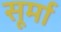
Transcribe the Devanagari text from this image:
सूर्मा